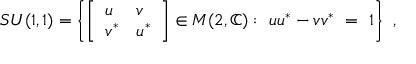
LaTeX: S U ( 1 , 1 ) = \left\{ { \left[ \begin{array} { l l } { u } & { v } \\ { v ^ { * } } & { u ^ { * } } \end{array} \right] } \in M ( 2 , \mathbb { C } ) : \ u u ^ { * } - v v ^ { * } \ = \ 1 \right\} ~ ,